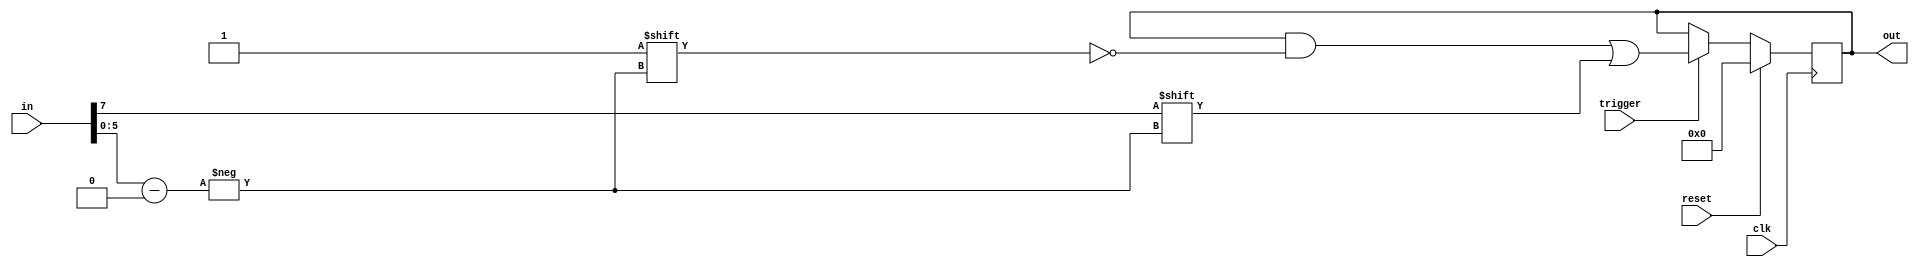
`timescale 1ns / 1ps
module key_state(
    input [7:0] in,
    input clk,
    input reset,
    input trigger,
    output reg [60:0] out
    );

	initial begin
		out = 0;
	end
	
	always @(posedge clk) begin
		if (reset)
			out <= 0;
		else if (trigger) begin
			out[in[5:0]] <= in[7];
		end
	end

endmodule